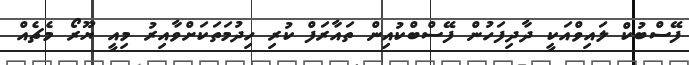
ފޭސްބުކް ލައިވްއަކީ ދާދިފަހުން ފޭސްބްކުއިން ތައާރަފް ކުރި ހިދުމަތަކަށްވާއިރު މިއީ ޔޫރޯ މެޗެއް